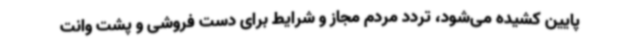
پایین کشیده می‌شود، تردد مردم مجاز و شرایط برای دست فروشی و پشت وانت